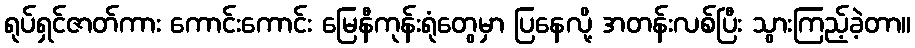
ရုပ်ရှင်ဇာတ်ကား ကောင်းကောင်း မြေနီကုန်းရုံတွေမှာ ပြနေလို့ အတန်းလစ်ပြီး သွားကြည့်ခဲ့တာ။